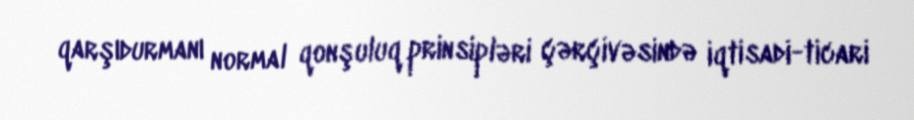
qarşıdurmanı normal qonşuluq prinsipləri çərçivəsində iqtisadi-ticari